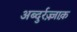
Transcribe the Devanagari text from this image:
अब्दुर्रज़्ज़ाक़